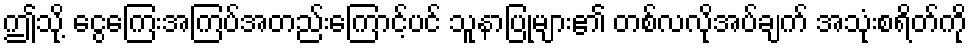
ဤသို့ ငွေကြေးအကြပ်အတည်းကြောင့်ပင် သူနာပြုများ၏ တစ်လလိုအပ်ချက် အသုံးစရိတ်ကို